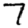
Digit: 7